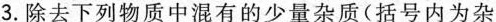
3.除去下列物质中混有的少量杂质(括号内为杂